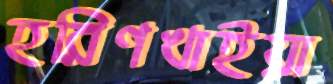
হরিণখাইয়া